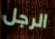
الرجل